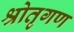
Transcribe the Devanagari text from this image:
श्रोतृगण